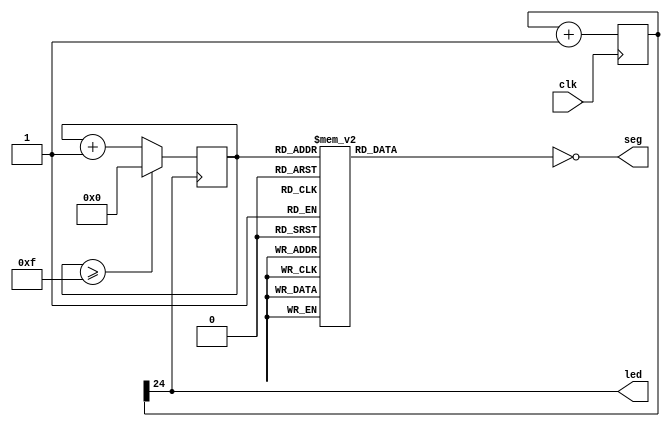
module a1050225(
	input clk,
	output [6:0]seg,
	output led);

reg[24:0]dly;
reg[3:0]cnt;
always @(posedge clk)
dly<=dly+1'b1;
assign led=dly[24];

always @(posedge dly[24])
if(cnt>=4'd15)
	cnt<=4'd0;
else
	cnt=cnt+1'd1;


reg[6:0]seg1;
always @(*)
case (cnt)
    4'd0:seg1=7'b1111110;
    4'd1:seg1=7'b0110000;
    4'd2:seg1=7'b1101101;
    4'd3:seg1=7'b1111001;
    4'd4:seg1=7'b0110011;
    4'd5:seg1=7'b1011011;
    4'd6:seg1=7'b1011111;
    4'd7:seg1=7'b1110000;
    4'd8:seg1=7'b1111111;
    4'd9:seg1=7'b1111011;
    4'ha:seg1=7'b1110111;
    4'hb:seg1=7'b0011111;
    4'hc:seg1=7'b1001110;
    4'hd:seg1=7'b0111101;
    4'he:seg1=7'b1001111;
    4'hF:seg1=7'b1000111;
endcase 
	 assign seg=~seg1;
endmodule